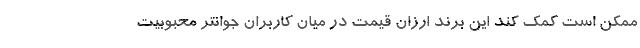
ممکن است کمک کند این برند ارزان قیمت در میان کاربران جوانتر محبوبیت